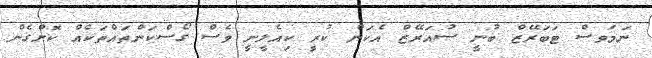
ނަމަވސް ޓަބަރޭޒް ބުނީ ސުއަރޭޒް އެކަން ކުރީ ކިއެލީނީ ވެސް ގޯސްކަންތައްތަކެއް ކޮށްގެން